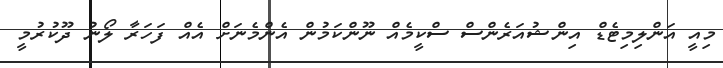
މިއީ އަންލިމިޓެޑް އިންޝުއަރެންސް ސްކީމެއް ނޫންކަމުން އެންމެނަށް އެއް ފަހަރާ ލޯނު ދޫކުރުމީ